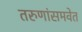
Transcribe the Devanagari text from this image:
तरुणांसमवेत